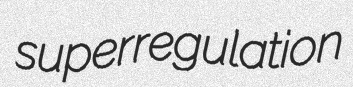
superregulation